Scientific memoirs by medical officers of the Army of India - Part VIII,
Year: 1894
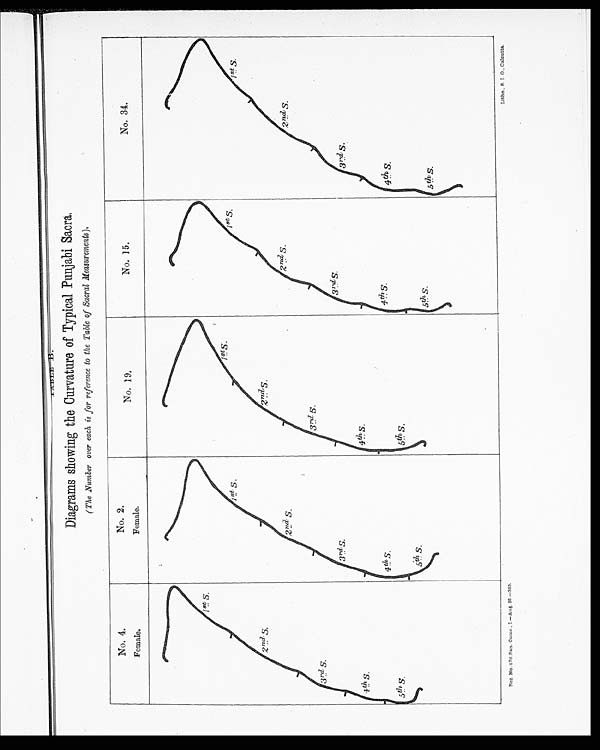
TABLE B.
Diagrams showing the Curvature of Typical Punjabi Sacra.
(The Number over each is for reference to the Table of Sacral Measurements).
Reg. No. 476. San. Comr., I.—Aug. 93.—350.
Litho., S. I. O., Calcutta.